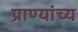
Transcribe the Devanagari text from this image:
प्राण्यांच्य